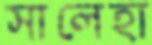
সালেহা